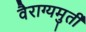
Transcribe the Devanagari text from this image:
वैराग्यमुर्ती